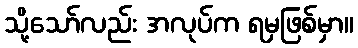
သို့သော်လည်း အလုပ်က ရမှဖြစ်မှာ။